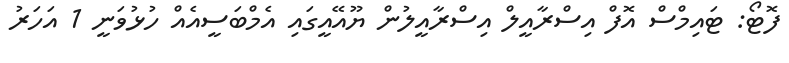
ފޮޓޯ: ޓައިމްސް އޮފް އިސްރާއީލް އިސްރާއީލުން ޔޫއޭއީގައި އެމްބަސީއެއް ހުޅުވަނީ 1 އަހަރު